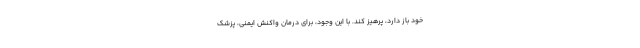
خود باز دارد، پرهیز کند. با این وجود، برای درمان واکنش ایمنی، پزشک